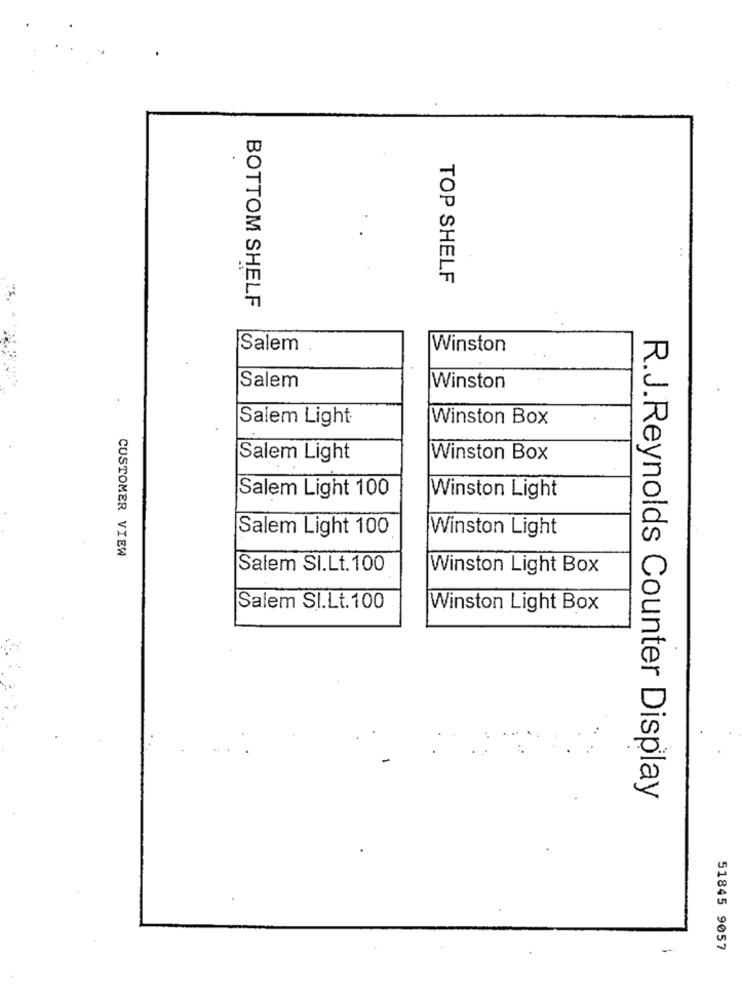
TOP SHELF
BOTTOM SHELF
Salem
Winston
Salem
Winston
Salem Light
Winston Box
Salem Light
Winston Box
Salem Light 100
Winston Light
Salem Light 100
Winston Light
CUSTOMER VIEW
Salem SI.Lt. 100
Winston Light Box
Salem SI.Lt.100
Winston Light Box
R.J.Reynolds Counter Display
-
51845 9057